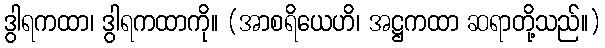
ဒွါရကထာ၊ ဒွါရကထာကို။ (အာစရိယေဟိ၊ အဋ္ဌကထာ ဆရာတို့သည်။)